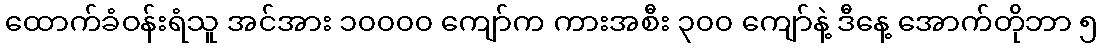
ထောက်ခံဝန်းရံသူ အင်အား ၁၀၀၀၀ ကျော်က ကားအစီး ၃၀၀ ကျော်နဲ့ ဒီနေ့ အောက်တိုဘာ ၅